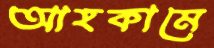
আহকামে